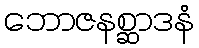
ဘောဇနစ္ဆာဒနံ